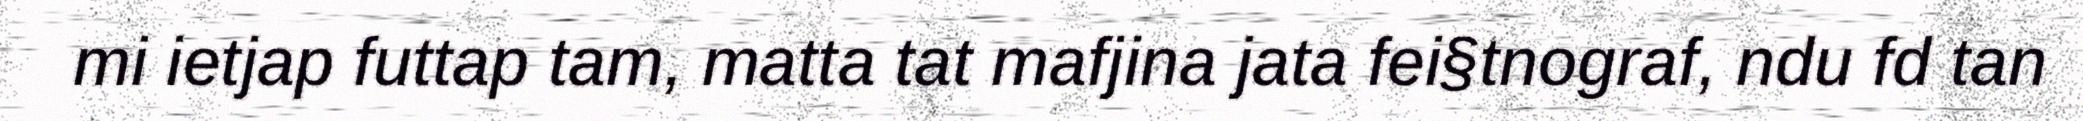
mi ietjap futtap tam, matta tat mafjina jata fei§tnograf, ndu fd tan